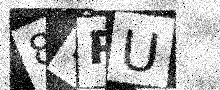
Text: 8LPU